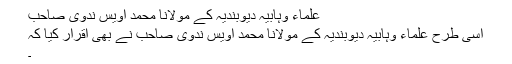
علماء وہابیہ دیوبندیہ کے مولانا محمد اویس ندوی صاحب
اسی طرح علماء وہابیہ دیوبندیہ کے مولانا محمد اویس ندوی صاحب نے بھی اقرار کیا کہ
۔